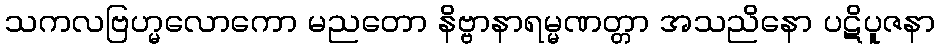
သကလဗြဟ္မလောကော မညတော နိဗ္ဗာနာရမ္မဏတ္တာ အသညိနော ပဋိပူဇနာ